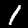
Label: 1